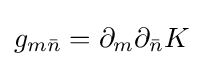
g_{m{\bar {n}}}=\partial _{m}\partial _{\bar {n}}K